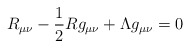
\begin{align*}R_{\mu\nu}-\frac{1}{2}R g_{\mu\nu}+ \Lambda g_{\mu\nu}=0\end{align*}